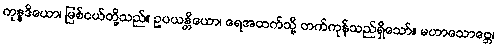
ကုန္နဒိယော၊ မြစ်ငယ်တို့သည်။ ဥပယန္တိယော၊ ရေအထက်သို့ တက်ကုန်သည်ရှိသော်။ မဟာသောဗ္ဘေ၊